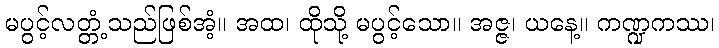
မပွင့်လတ္တံ့သည်ဖြစ်အံ့။ အထ၊ ထိုသို့ မပွင့်သော။ အဇ္ဇ၊ ယနေ့။ ကဏ္ဍကဿ၊